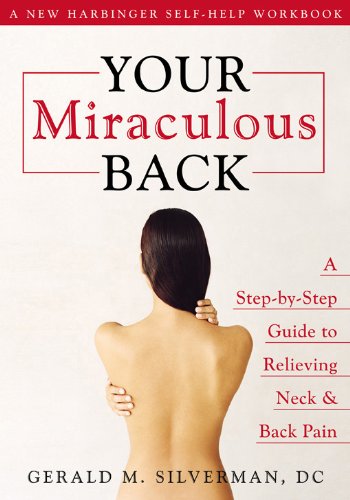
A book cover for Your Miraculous Back: A Step-By-Step Guide to Relieving Neck & Back Pain; Gerald M. Silverman DC; Health, Fitness & Dieting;